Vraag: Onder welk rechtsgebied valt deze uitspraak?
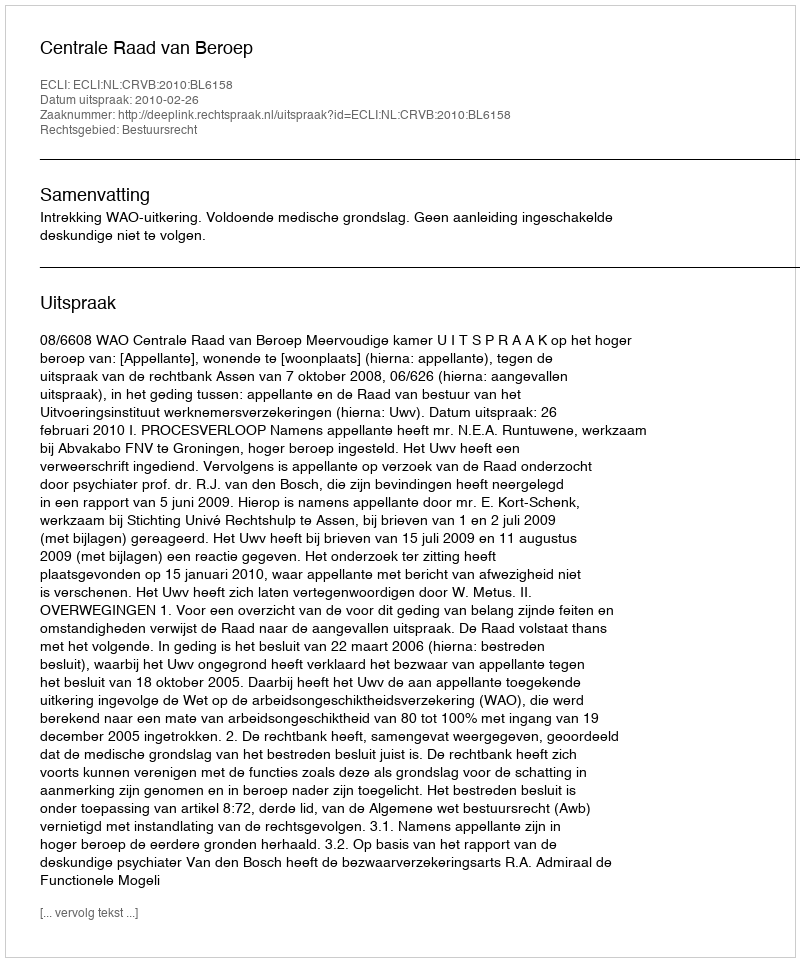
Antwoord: Bestuursrecht